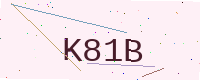
Text: K81B